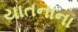
યાતનાના